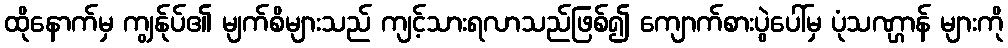
ထိုနောက်မှ ကျွန်ုပ်၏ မျက်စိများသည် ကျင့်သားရလာသည်ဖြစ်၍ ကျောက်စားပွဲပေါ်မှ ပုံသဏ္ဌာန် များကို